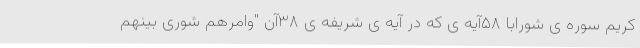
کریم سوره ی شورابا ۵۸آیه ی که در آیه ی شریفه ی ۳۸آن "وامرهم شوری بینهم